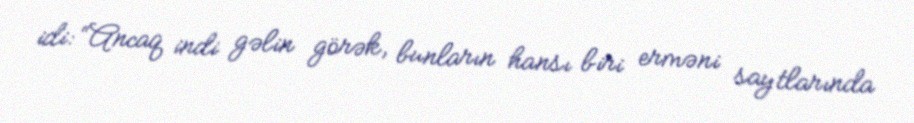
idi: “Ancaq indi gəlin görək, bunların hansı biri erməni saytlarında